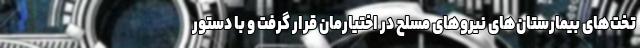
تخت‌های بیمارستان‌های نیروهای مسلح در اختیارمان قرار گرفت و با دستور